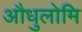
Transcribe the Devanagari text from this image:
औधुलोमि